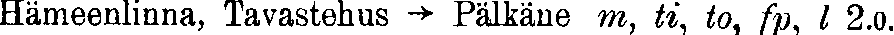
Hämeenlinna, Tavastehus → Pälkäne m, ti, to, fp, I 2.0.